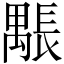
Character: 𨲖